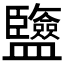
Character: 𥃡